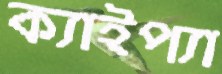
ক্যাইপ্যা